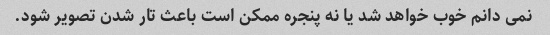
نمی دانم خوب خواهد شد یا نه پنجره ممکن است باعث تار شدن تصویر شود.